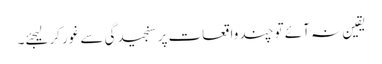
یقین نہ آئے تو چند واقعات پر سنجیدگی سے غور کرلیجئے۔